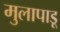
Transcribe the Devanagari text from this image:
मुलापाडू